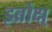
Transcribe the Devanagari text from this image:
इब्रोक्ष्